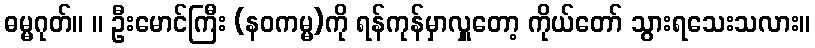
ဓမ္မဂုတ်။ ။ ဦးမောင်ကြီး (နဝကမ္မ)ကို ရန်ကုန်မှာလှူတော့ ကိုယ်တော် သွားရသေးသလား။